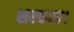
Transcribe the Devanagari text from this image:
शरकारु।